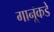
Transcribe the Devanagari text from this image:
गानूंकडे